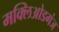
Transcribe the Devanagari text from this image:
मक्लिओडगंज